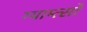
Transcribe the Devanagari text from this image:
ग्याम्त्सो